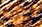
معك